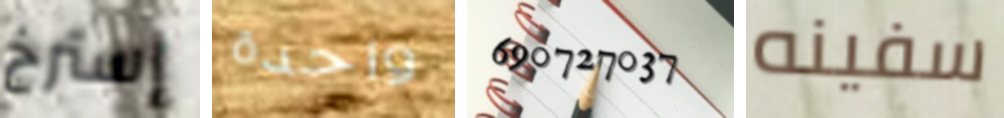
إسترخ واحدة 690727037 سفينه